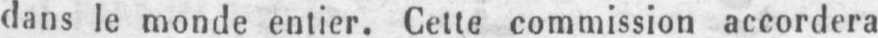
dans le monde entier. Cette commission accordera